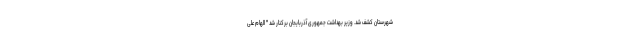
شهرستان کشف شد. وزیر بهداشت جمهوری آذربایجان برکنار شد " الهام علی